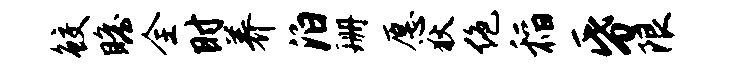
鲛瞻全时养泊珊愿狄绝稻昏限